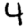
Digit: 4